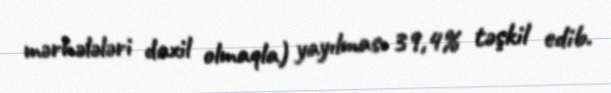
mərhələləri daxil olmaqla) yayılması 39,4% təşkil edib.